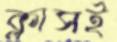
ক্লাসই